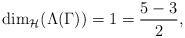
\begin{align*}\dim_{\mathcal{H}}(\Lambda(\Gamma))=1=\frac{5-3}{2},\end{align*}